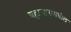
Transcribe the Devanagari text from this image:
बहामासमधील